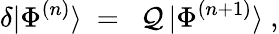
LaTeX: \delta|\Phi^{(n)}\rangle\ =\ \ {\cal Q}\, |\Phi^{(n+1)}\rangle\ ,